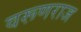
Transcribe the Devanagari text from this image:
वरूणराज